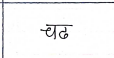
मजकूर: चढ